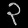
Digit: ၃